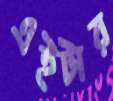
এইটার